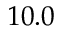
1 0 . 0